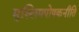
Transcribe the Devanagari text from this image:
मुस्लिमपोषकनीति